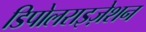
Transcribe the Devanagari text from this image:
डिपोलराइज़ेशन